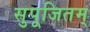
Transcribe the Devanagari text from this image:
सुपूजितम्